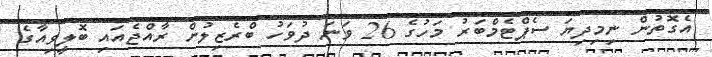
އެގޮތުން ނިމިދިޔަ ސެޕްޓެމްބަރު މަހުގެ 26 ވަނަ ދުވަހު ބްރެޒިލުން ރާއްޖެއައި ބޮލީވިއާގެ